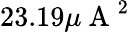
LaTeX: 23.19\mu\mathrm{~A~}^{2}